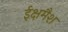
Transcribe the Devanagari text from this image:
ईक्षमैश